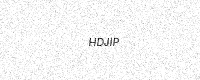
Text: HDJIP